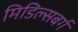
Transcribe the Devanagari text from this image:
मिडिल्सबर्ग